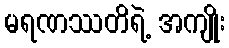
မရဏဿတိရဲ့ အကျိုး